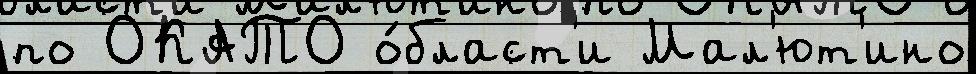
по ОКАТО о́бласт'и Мал'ют'ино